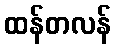
ထန်တလန်